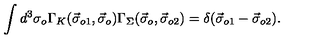
\int d ^ { 3 } \sigma _ { o } \Gamma _ { K } ( \vec { \sigma } _ { o 1 } , \vec { \sigma } _ { o } ) \Gamma _ { \Sigma } ( \vec { \sigma } _ { o } , \vec { \sigma } _ { o 2 } ) = \delta ( \vec { \sigma } _ { o 1 } - \vec { \sigma } _ { o 2 } ) .